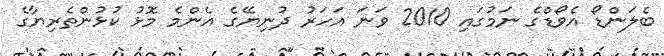
ބެލަންޑޯ އެވޯޑްގެ ނަމުގައި 2010 ވަނަ އަހަރު ދުނިޔޭގެ އެންމެ މޮޅު ކުޅުންތެރިޔާގެ